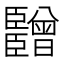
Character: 𬛫